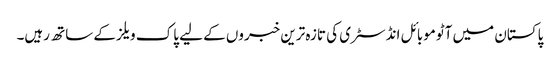
پاکستان میں آٹوموبائل انڈسٹری کی تازہ ترین خبروں کے لیے پاک ویلز کے ساتھ رہیں۔